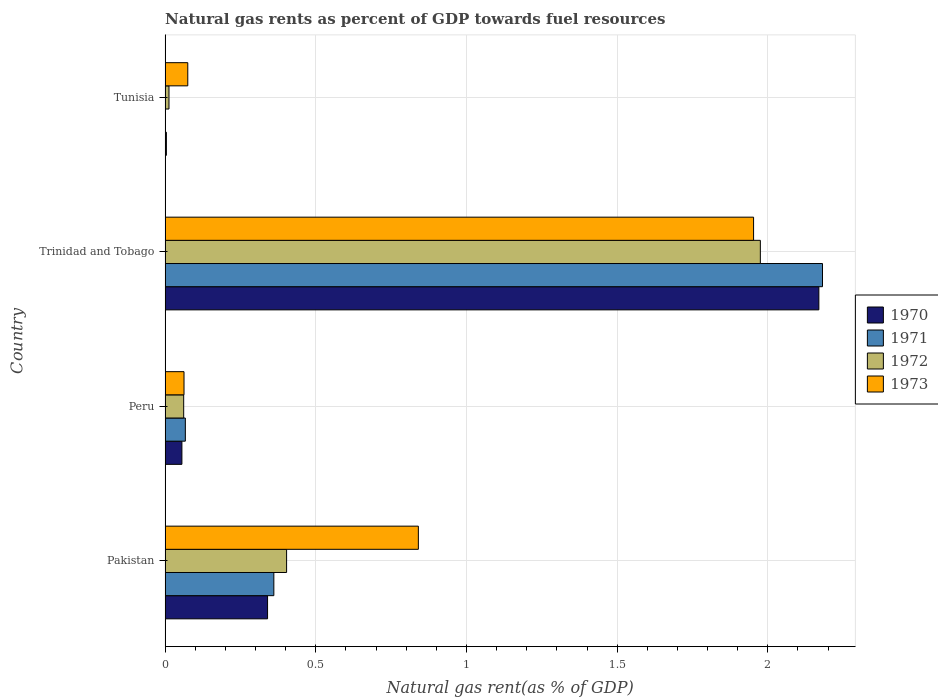
| Country | 1970 | 1971 | 1972 | 1973 |
 | --- | --- | --- | --- | --- |
 | Pakistan | 0.34 | 0.361 | 0.403 | 0.84 |
 | Peru | 0.0558 | 0.0672 | 0.0617 | 0.0628 |
 | Trinidad and Tobago | 2.17 | 2.18 | 1.98 | 1.95 |
 | Tunisia | 0.00424 | 0.000742 | 0.0129 | 0.0753 |